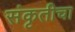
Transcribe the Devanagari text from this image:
संकृतीचा